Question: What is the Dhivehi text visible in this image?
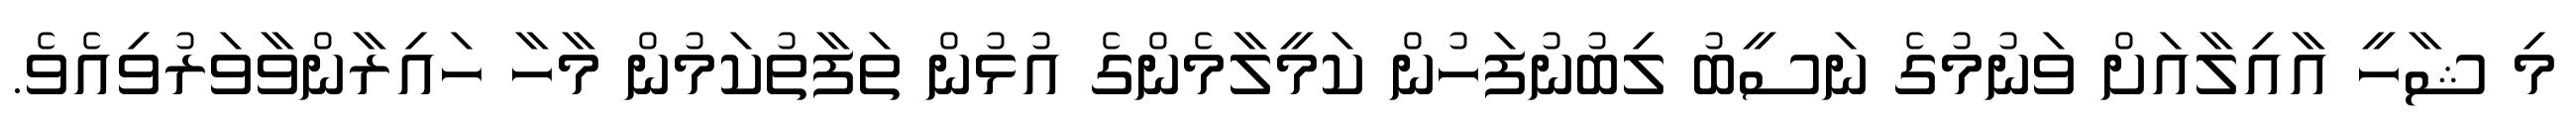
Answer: މި ޝާހީ އާއިލާއަށް ވަނުމުގެ ނަސީބު ލިބުނުފަހުން ކަމީލާމެންގެ އުޅުން ތަފާތުކަމުން މާހާ ހައިރާންވާވަރުވިއެވެ.